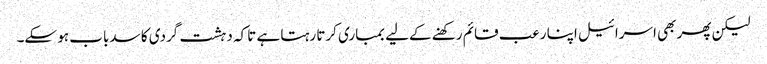
لیکن پھر بھی اسرائیل اپنا رعب قائم رکھنے کےلیے بمباری کرتا رہتا ہے تاکہ دہشت گردی کا سدباب ہو سکے۔